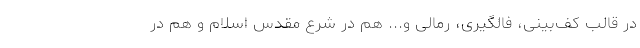
در قالب کف‌بینی، فالگیری، رمالی و... هم در شرع مقدس اسلام و هم در